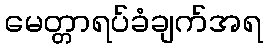
မေတ္တာရပ်ခံချက်အရ